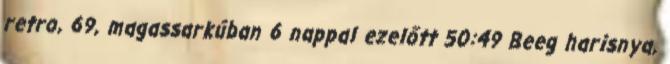
retro, 69, magassarkúban 6 nappal ezelőtt 50:49 Beeg harisnya,